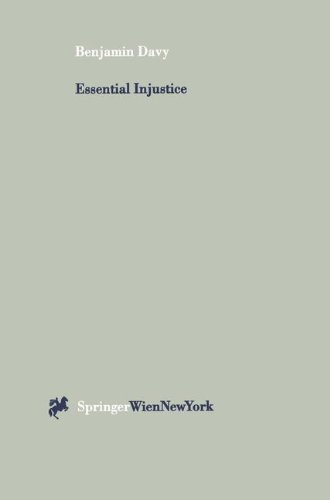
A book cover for Essential Injustice: When Legal Institutions Cannot Resolve Environmental and Land Use Disputes; Benjamin Davy; Law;